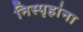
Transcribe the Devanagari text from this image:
निस्पृहांना